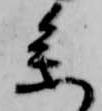
参